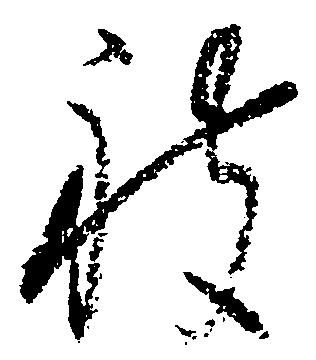
被